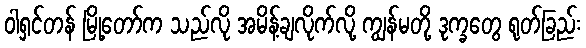
ဝါရှင်တန် မြို့တော်က သည်လို အမိန့်ချလိုက်လို့ ကျွန်မတို့ ဒုက္ခတွေ ရုတ်ခြည်း